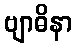
ဗျာဓိနာ